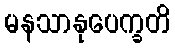
မနသာနုပေက္ခတိ